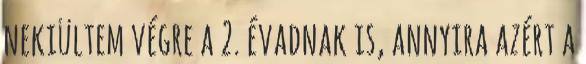
nekiültem végre a 2. évadnak is, annyira azért a